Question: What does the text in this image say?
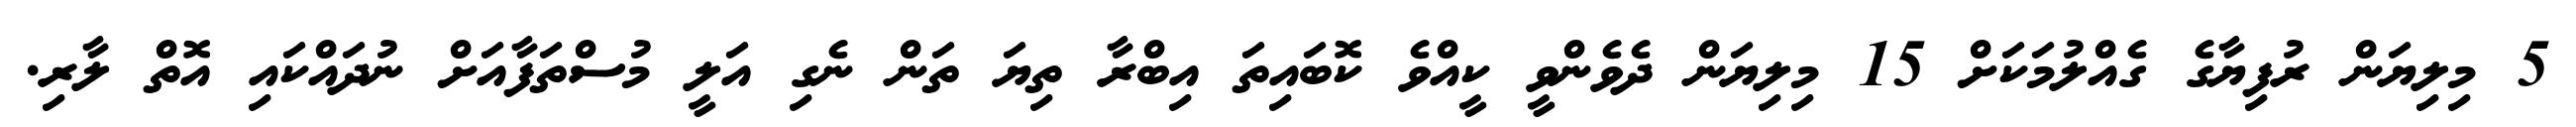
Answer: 5 މިލިޔަން ރުފިޔާގެ ގެއްލުމަކަށް 15 މިލިޔަން ދެވެންވީ ކީއްވެ ކޮބައިތަ އިބްރާ ތިޔަ ތަން ނެގި އަލީ މުސްތަފާއަށް ނުދައްކައި އޮތް ލާރި.